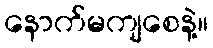
နောက်မကျစေနဲ့။